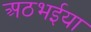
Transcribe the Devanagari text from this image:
अठभईया